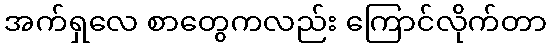
အက်ရှလေ စာတွေကလည်း ကြောင်လိုက်တာ